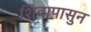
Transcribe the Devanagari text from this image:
शिवापासुन